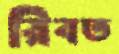
রিবত